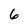
Character: 6